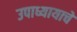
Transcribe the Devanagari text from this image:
उपाध्यायाचे